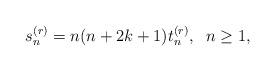
LaTeX: \begin{align*}s_n^{(r)}=n(n+2k+1)t_n^{(r)}, \;\; n\ge 1,\end{align*}